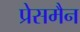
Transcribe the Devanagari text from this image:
प्रेसमैन